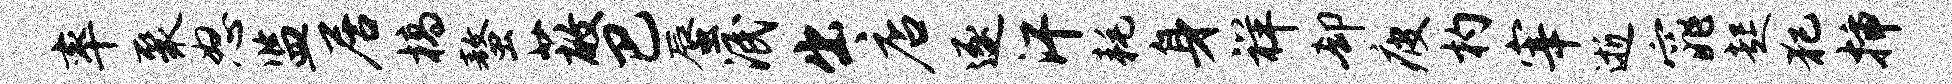
率聚怒监居槁螯蔽巴蜃泯出店逐汗耗身祥却疲杓宰逝窕起犯插